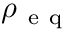
\rho _ { \mathrm { ~ e ~ q ~ } }